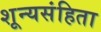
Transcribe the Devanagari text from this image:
शून्यसंहिता